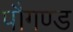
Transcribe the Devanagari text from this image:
पौगण्ड